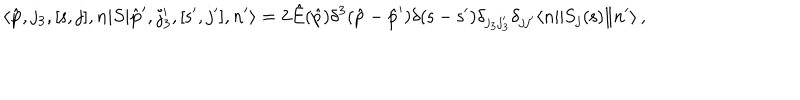
LaTeX: \langle \hat { \bf p } , j _ { 3 } , [ { \mathsf s } , j ] , n | S | \hat { \bf p } ^ { \prime } , j _ { 3 } ^ { \prime } , [ { \mathsf s } ^ { \prime } , j ^ { \prime } ] , n ^ { \prime } \rangle = 2 \hat { E } ( \hat { p } ) \delta ^ { 3 } ( \hat { p } - \hat { p } ^ { \prime } ) \delta ( { \mathsf s } - { \mathsf s } ^ { \prime } ) \delta _ { j _ { 3 } j _ { 3 } ^ { \prime } } \delta _ { j j ^ { \prime } } \langle n \| S _ { j } ( { \mathsf s } ) \| n ^ { \prime } \rangle \, ,